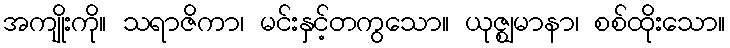
အကျိုးကို။ သရာဇိကာ၊ မင်းနှင့်တကွသော။ ယုဇ္ဈမာနာ၊ စစ်ထိုးသော။